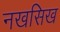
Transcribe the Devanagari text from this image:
नखसिख